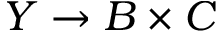
Y \rightarrow B \times C